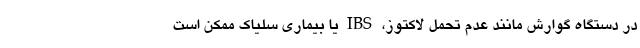
در دستگاه گوارش مانند عدم تحمل لاکتوز، IBS یا بیماری سلیاک ممکن است